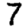
Digit: 7